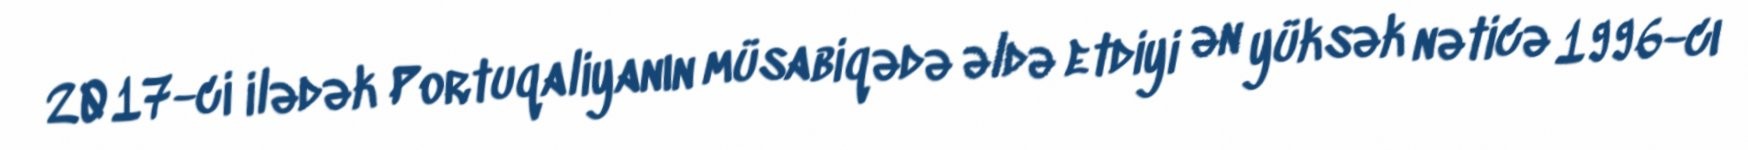
2017-ci ilədək Portuqaliyanın müsabiqədə əldə etdiyi ən yüksək nəticə 1996-cı